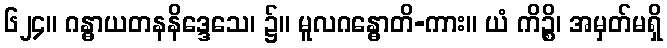
၆၂၄။ ဂန္ဓာယတနနိဒ္ဒေသေ၊ ၌။ မူလဂန္ဓောတိ-ကား။ ယံ ကိဉ္စိ၊ အမှတ်မရှိ